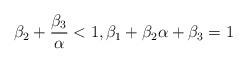
LaTeX: \begin{align*} \beta_2+\frac{\beta_3}{\alpha} <1, \beta_1+\beta_2\alpha+\beta_3=1 \end{align*}